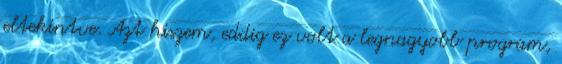
eltekintve. Azt hiszem, eddig ez volt a legnagyobb program,